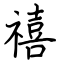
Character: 禧